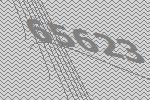
65623